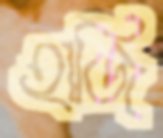
হাজি